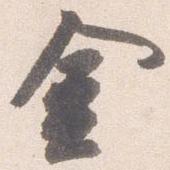
金